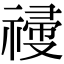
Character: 𥛆